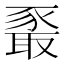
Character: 𰶧